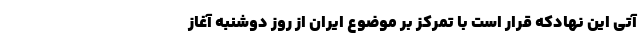
آتی این نهادکه قرار است با تمرکز بر موضوع ایران از روز دوشنبه آغاز